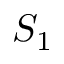
S _ { 1 }